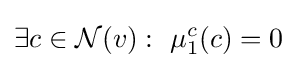
\exists c\in {\mathcal {N}}(v):~\mu _{1}^{c}(c)=0